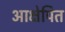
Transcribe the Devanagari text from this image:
आक्षेपित